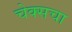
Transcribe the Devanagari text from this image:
चेक्सचा